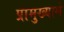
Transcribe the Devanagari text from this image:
प्रामुख्यामे